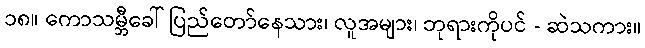
၁၈။ ကောသမ္ဘီခေါ် ပြည်တော်နေသား၊ လူအများ၊ ဘုရားကိုပင် - ဆဲသကား။